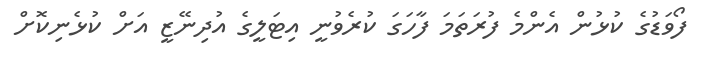
ފޯވަޑުގެ ކުޅުން އެންމެ ފުރަތަމަ ފާހަގަ ކުރެވުނީ އިޓަލީގެ އުދިނޭޒީ އަށް ކުޅެނިކޮށް